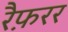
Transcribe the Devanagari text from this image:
रैफ़रर